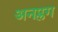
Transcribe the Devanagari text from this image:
अनप्लग